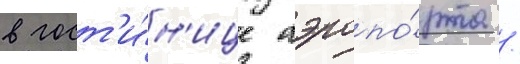
в гост'и́н'ице аэропо́рта /